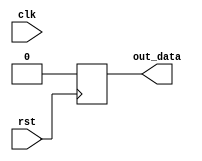
module sequential_logic_block (

input wire clk,
input wire rst,
output reg out_data

);

always @ (posedge rst)
begin
    // Define the logic to be executed when rst signal triggers
    // For example, resetting out_data value to 0
    out_data <= 0;
end

endmodule